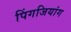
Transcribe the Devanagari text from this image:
पिंगजियांग